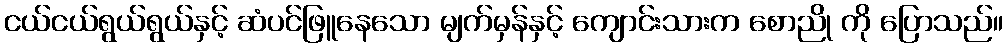
ငယ်ငယ်ရွယ်ရွယ်နှင့် ဆံပင်ဖြူနေသော မျက်မှန်နှင့် ကျောင်းသားက စောညို ကို ပြောသည်။